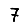
Digit: 7